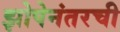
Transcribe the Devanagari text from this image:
झोपेनंतरची